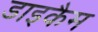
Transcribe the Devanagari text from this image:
डाइकैम